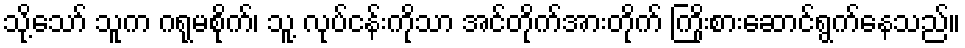
သို့သော် သူက ဂရုမစိုက်၊ သူ့ လုပ်ငန်းကိုသာ အင်တိုက်အားတိုက် ကြိုးစားဆောင်ရွက်နေသည်။